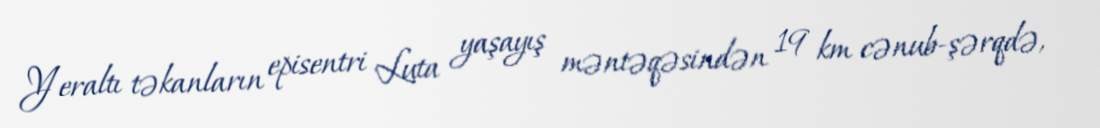
Yeraltı təkanların episentri Luta yaşayış məntəqəsindən 19 km cənub-şərqdə,